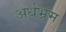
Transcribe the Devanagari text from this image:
अर्धभ्रम